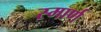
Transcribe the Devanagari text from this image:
स्मार्ण